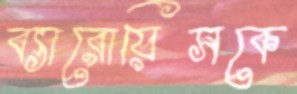
ব্যারোয়িসকে